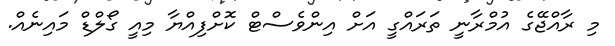
މި ރާއްޖޭގެ އުމްރާނީ ތަރައްގީ އަށް އިންވެސްޓް ކޮށްފިއްޔާ މިއީ ގޯލްޑް މައިނެއް.